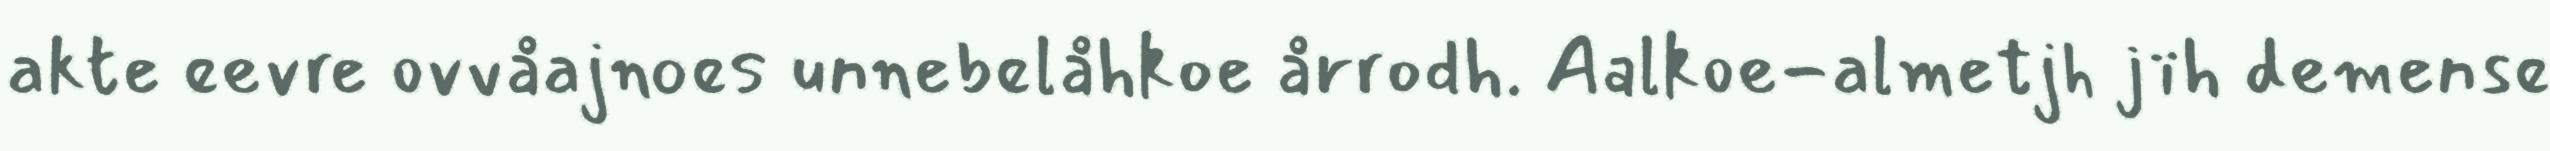
akte eevre ovvåajnoes unnebelåhkoe årrodh. Aalkoe-almetjh jïh demense